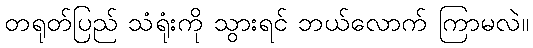
တရုတ်ပြည် သံရုံးကို သွားရင် ဘယ်လောက် ကြာမလဲ။